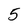
Character: 5